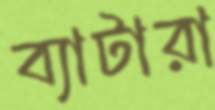
ব্যাটারা